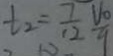
t _ { 2 } = \frac { 7 } { 1 2 } \frac { V _ { 0 } } { 9 }